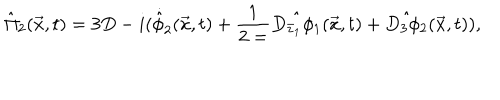
LaTeX: { \hat { \Pi } } _ { 2 } ( \vec { x } , t ) = 3 D - i ( { \dot { \hat { \phi } } } _ { 2 } ( \vec { x } , t ) + \frac { 1 } { 2 = } \hat { D _ { { \bar { z } } _ { 1 } } \phi _ { 1 } } ( \vec { x } , t ) + \hat { D _ { 3 } \phi _ { 2 } } ( \vec { x } , t ) ) ,